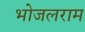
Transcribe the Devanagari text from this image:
भोजलराम